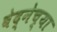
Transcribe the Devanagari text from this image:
वेद्नेच्या